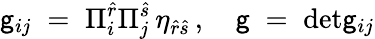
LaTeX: \mathsf{g}_{ij}\; =\; \Pi_{i}^{\hat{{r}}}\Pi_{j}^{\hat{{s}}}\, \eta_{\hat{{r}}\hat{{s}}}\, ,\quad\mathsf{g}\; =\; \mathrm{{det}}\mathsf{g}_{ij}